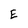
Character: E